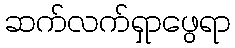
ဆက်လက်ရှာဖွေရာ